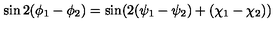
\sin 2 ( \phi _ { 1 } - \phi _ { 2 } ) = \sin ( 2 ( \psi _ { 1 } - \psi _ { 2 } ) + ( \chi _ { 1 } - \chi _ { 2 } ) )